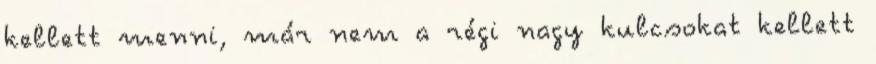
kellett menni, már nem a régi nagy kulcsokat kellett